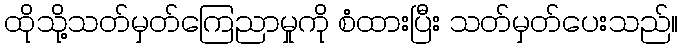
ထိုသို့သတ်မှတ်ကြေညာမှုကို စံထားပြီး သတ်မှတ်ပေးသည်။